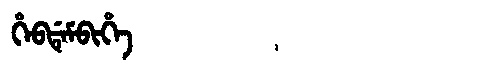
Manchu: ᡥᡝᠪᡩᡝᠮᠪᡳᡥᡝ
Romanization: HEBDEMBIHE